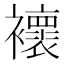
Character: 𧞷